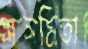
সাসমিতা